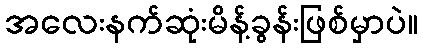
အလေးနက်ဆုံးမိန့်ခွန်းဖြစ်မှာပဲ။